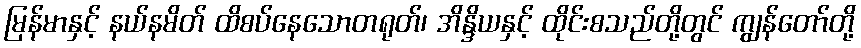
မြန်မာနှင့် နယ်နမိတ် ထိစပ်နေသောတရုတ်၊ အိန္ဒိယနှင့် ထိုင်းစသည်တို့တွင် ကျွန်တော်တို့